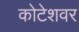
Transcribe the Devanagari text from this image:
कोटेशवर